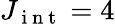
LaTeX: J_{\mathrm{~i~n~t~}}=4